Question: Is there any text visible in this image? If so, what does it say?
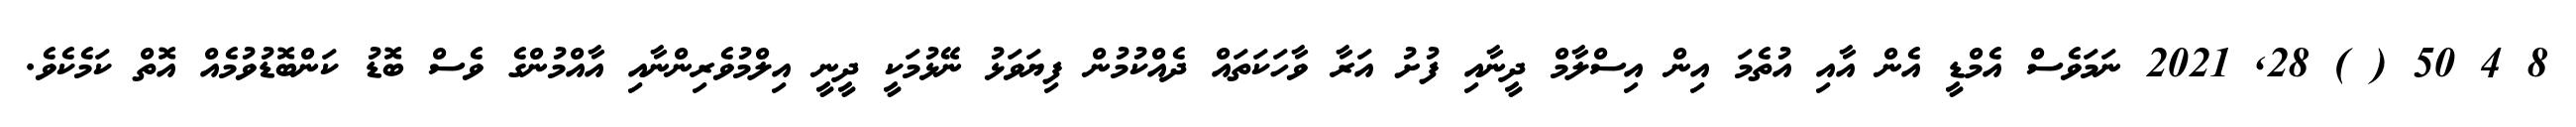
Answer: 8 4 50 ( ) 28, 2021 ނަމަވެސް އެމްޑީ އެން އާއި އުތެމަ އިން އިސްލާމް ދީނާއި ފުށު އަރާ ވާހަކަތައް ދެއްކުމުން ފިޔަވަޅު ނޭޅުމަކީ ދީނީ އިލްމުވެރިންނާއި އާއްމުންގެ ވެސް ބޮޑު ކަންބޮޑުވުމެއް އޮތް ކަމެކެވެ.